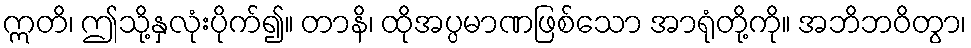
ဣတိ၊ ဤသို့နှလုံးပိုက်၍။ တာနိ၊ ထိုအပ္ပမာဏဖြစ်သော အာရုံတို့ကို။ အဘိဘဝိတွာ၊